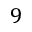
9